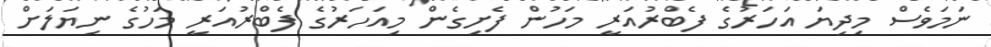
ނަމަވެސް މިދިޔަ އަހަރުގެ ފެބްރުއަރީ މަހުން ފެށިގެން މިއަހަރުގެ ފެބްރުއަރީ މަހުގެ ނިޔަލަށް